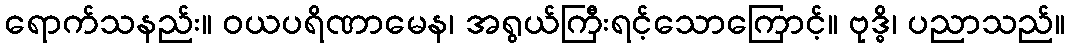
ရောက်သနည်း။ ဝယပရိဏာမေန၊ အရွယ်ကြီးရင့်သောကြောင့်။ ဗုဒ္ဓိ၊ ပညာသည်။